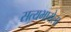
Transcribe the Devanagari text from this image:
सत्यभामेला